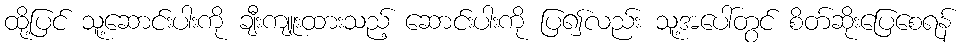
ထို့ပြင် သူ့ဆောင်းပါးကို ချီးကျူးထားသည့် ဆောင်းပါးကို ပြ၍လည်း သူ့အပေါ်တွင် စိတ်ဆိုးပြေစေရန်